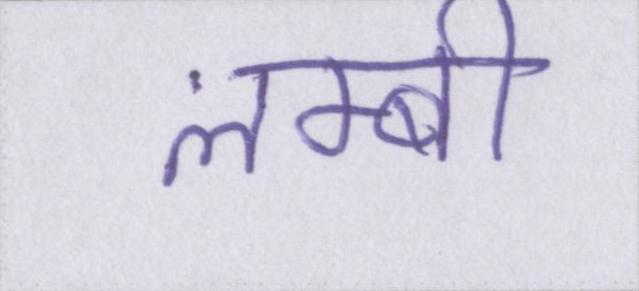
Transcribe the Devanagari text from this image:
लम्बी